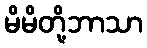
မိမိတို့ဘာသာ